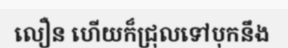
លឿន ហើយក៏ជ្រុលទៅបុកនឹង